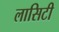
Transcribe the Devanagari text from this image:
लासिटी